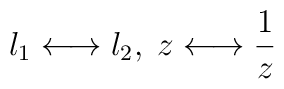
l_1 \longleftrightarrow l_2, \; z \longleftrightarrow \frac1z